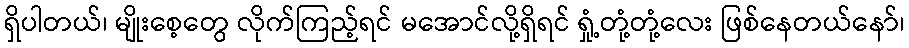
ရှိပါတယ်၊ မျိုးစေ့တွေ လိုက်ကြည့်ရင် မအောင်လို့ရှိရင် ရှုံ့တုံ့တုံ့လေး ဖြစ်နေတယ်နော်၊